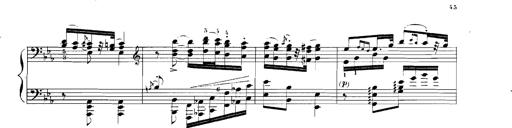
Title: Rhapsodies hongroises
Composer: Franz Liszt